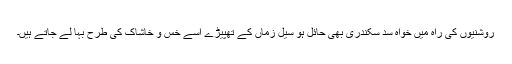
روشنیوں کی راہ میں خواہ سد سکندری بھی حائل ہو سیل زماں کے تھپیڑے اسے خس و خاشاک کی طرح بہا لے جاتے ہیں۔